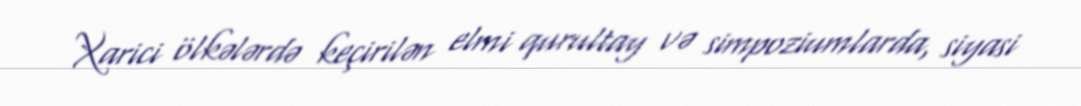
Xarici ölkələrdə keçirilən elmi qurultay və simpoziumlarda, siyasi